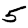
Digit: 5